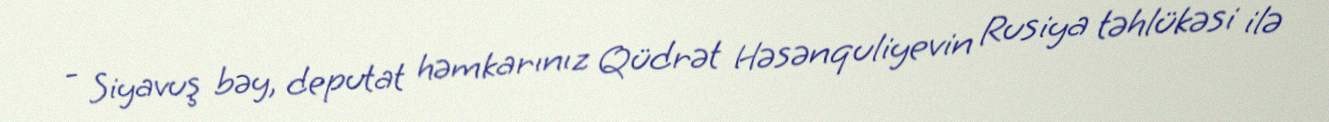
- Siyavuş bəy, deputat həmkarınız Qüdrət Həsənquliyevin Rusiya təhlükəsi ilə